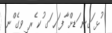
ުޅ ަގނ ަޑށް ާފ ަހ ަގ ުކ ެރ ިވގެ ްނ